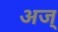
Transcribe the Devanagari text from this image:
अज्